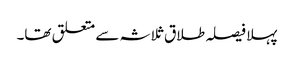
پہلا فیصلہ طلاق ثلاثہ سے متعلق تھا۔